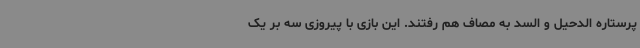
پرستاره الدحیل و السد به مصاف هم رفتند. این بازی با پیروزی سه بر یک